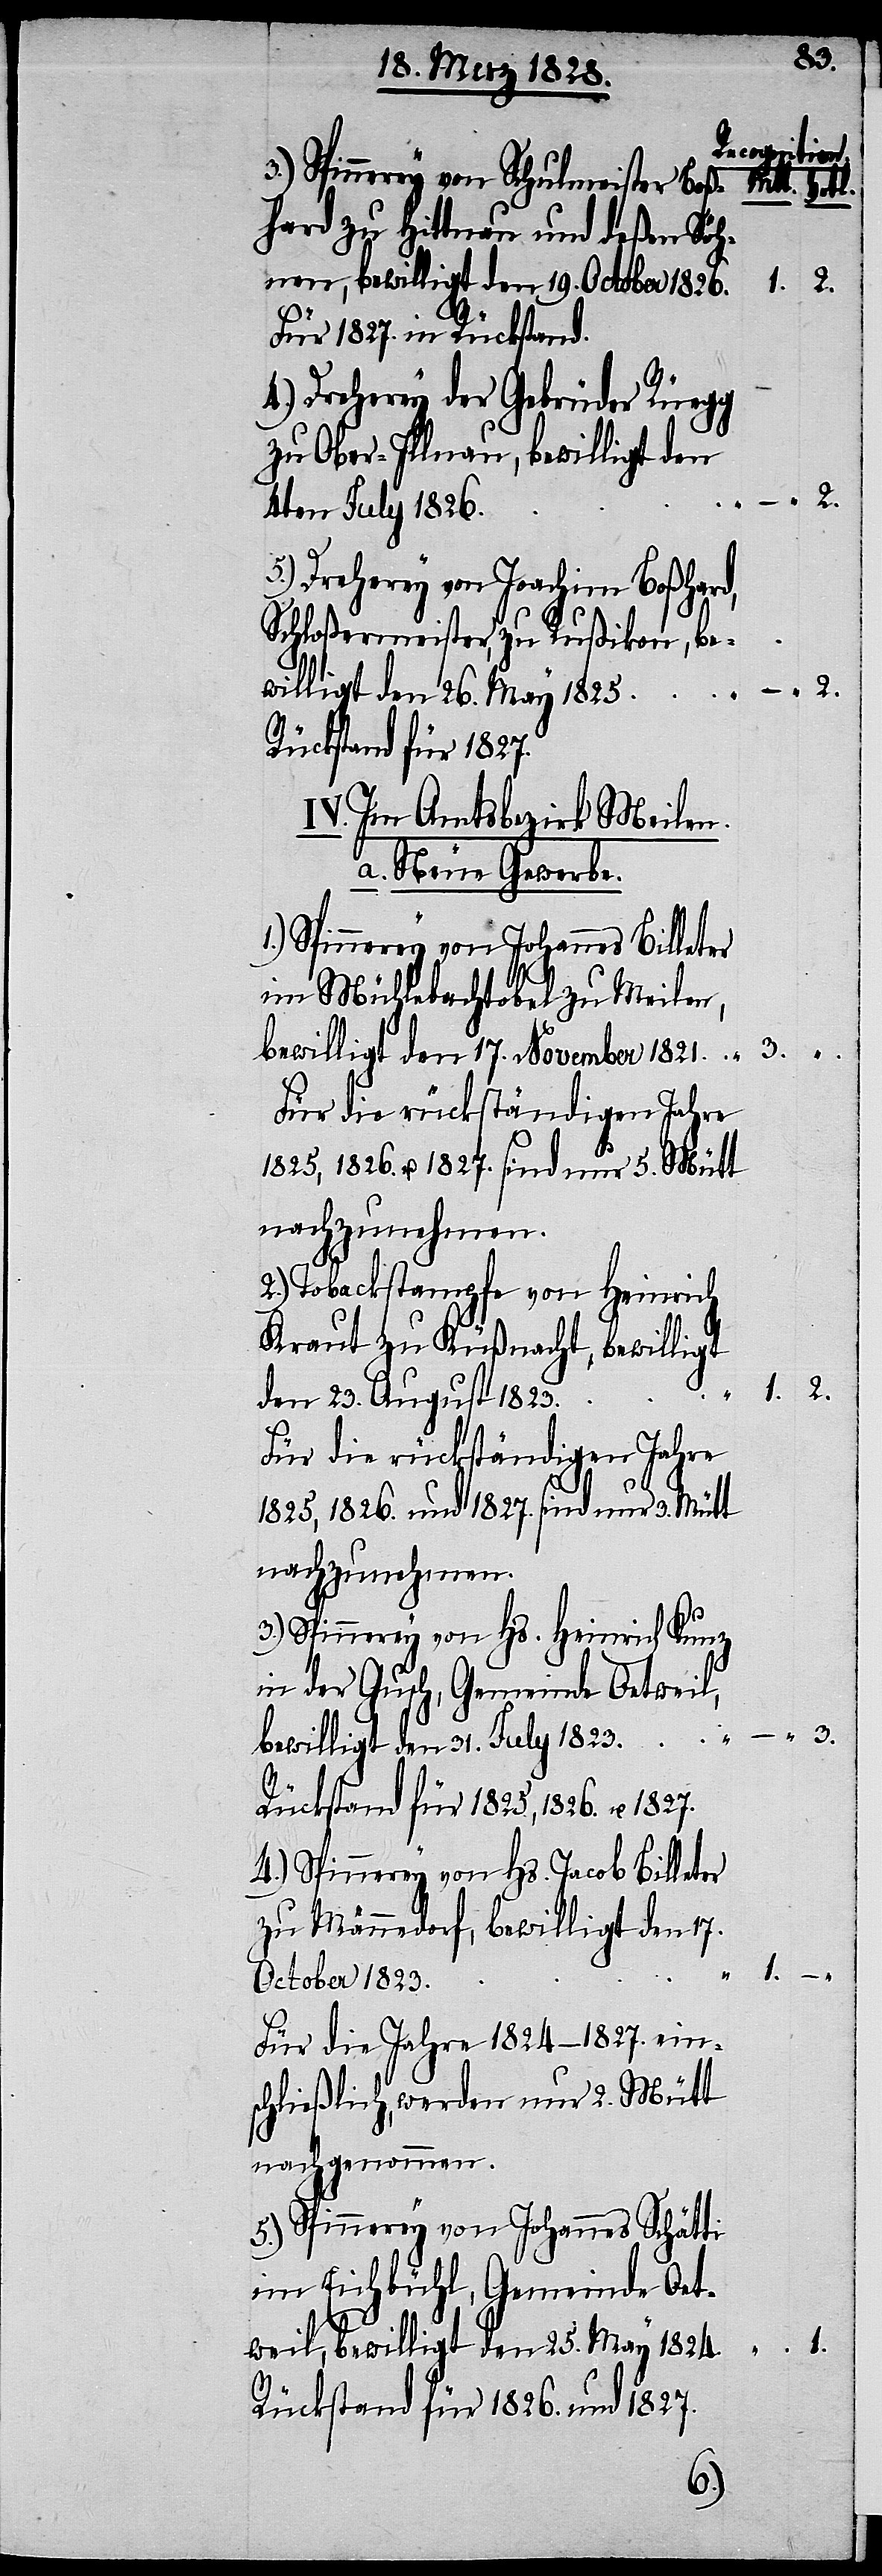
3.) Spinnerey von Schulmeister Boß¬
hard zu Hittnau und deßen Söh¬
nen, bewilligt den 19. October 1826.
2.
1.
Für 1827. in Rückstand.
4.) Dreherey der Gebrüder Rüegg
zu Ober-Illnau, bewilligt den
2.
4ten July 1826.
5.) Dreherey von Joachim Boßhard,
Schloßermeister, zu Rußikon, be¬
willigt den 26. May 1825.
Rückstand für 1827.
IV. Im Amtsbezirk Meilen.
a. Neue Gewerbe.
1.) Spinnerey von Johannes Billeter
im Mühlebachtobel zu Meilen,
bewilligt den 17. November 1821.
Für die rückständigen Jahre
1825, 1826. u. 1827. sind nur 5. Mütt
nachzunehmen.
2.) Tabackstampfe von Heinrich
Kraut zu Küßnacht, bewilligt
den 23. August 1823.
2.
Für die rückständigen Jahre
1825, 1826. und 1827. sind nur 3. Mütt
nachzunehmen.
3.) Spinnerey von Hs. Heinrich Kunz
in der Gusch, Gemeinde Oetweil,
bewilligt den 31. July 1823.
Rückstand für 1825, 1826. u. 1827.
4.) Spinnerey von Hs. Jacob Billeter
zu Männedorf, bewilligt den 17.
October 1823.
Für die Jahre 1824–1827. ein¬
schließlich, werden nur 2. Mütt
nachgenommen.
5.) Spinnerey von Johannes Schätti
im Eichbühl, Gemeinde Oet¬
weil, bewilligt den 25. May 1824.
Rückstand für 1826. und 1827.
3.